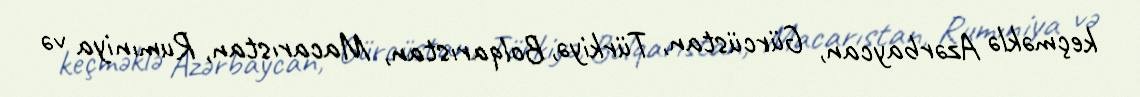
keçməklə Azərbaycan, Gürcüstan, Türkiyə, Bolqarıstan, Macarıstan, Rumıniya və